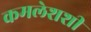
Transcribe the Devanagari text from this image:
कमलेशशी